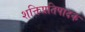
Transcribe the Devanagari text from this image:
शक्तिप्रतिपादक